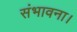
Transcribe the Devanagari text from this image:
संभावना।